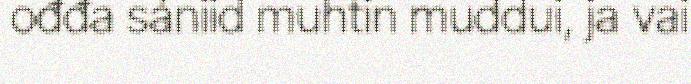
ođđa sániid muhtin muddui, ja vai